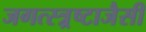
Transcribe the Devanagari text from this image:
जगत्स्त्र्रष्टाजैसी